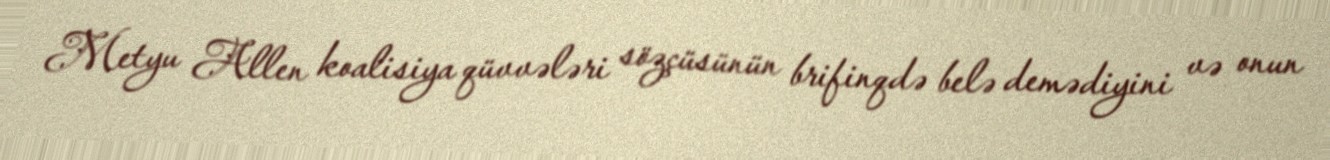
Metyu Allen koalisiya qüvvələri sözçüsünün brifinqdə belə demədiyini və onun